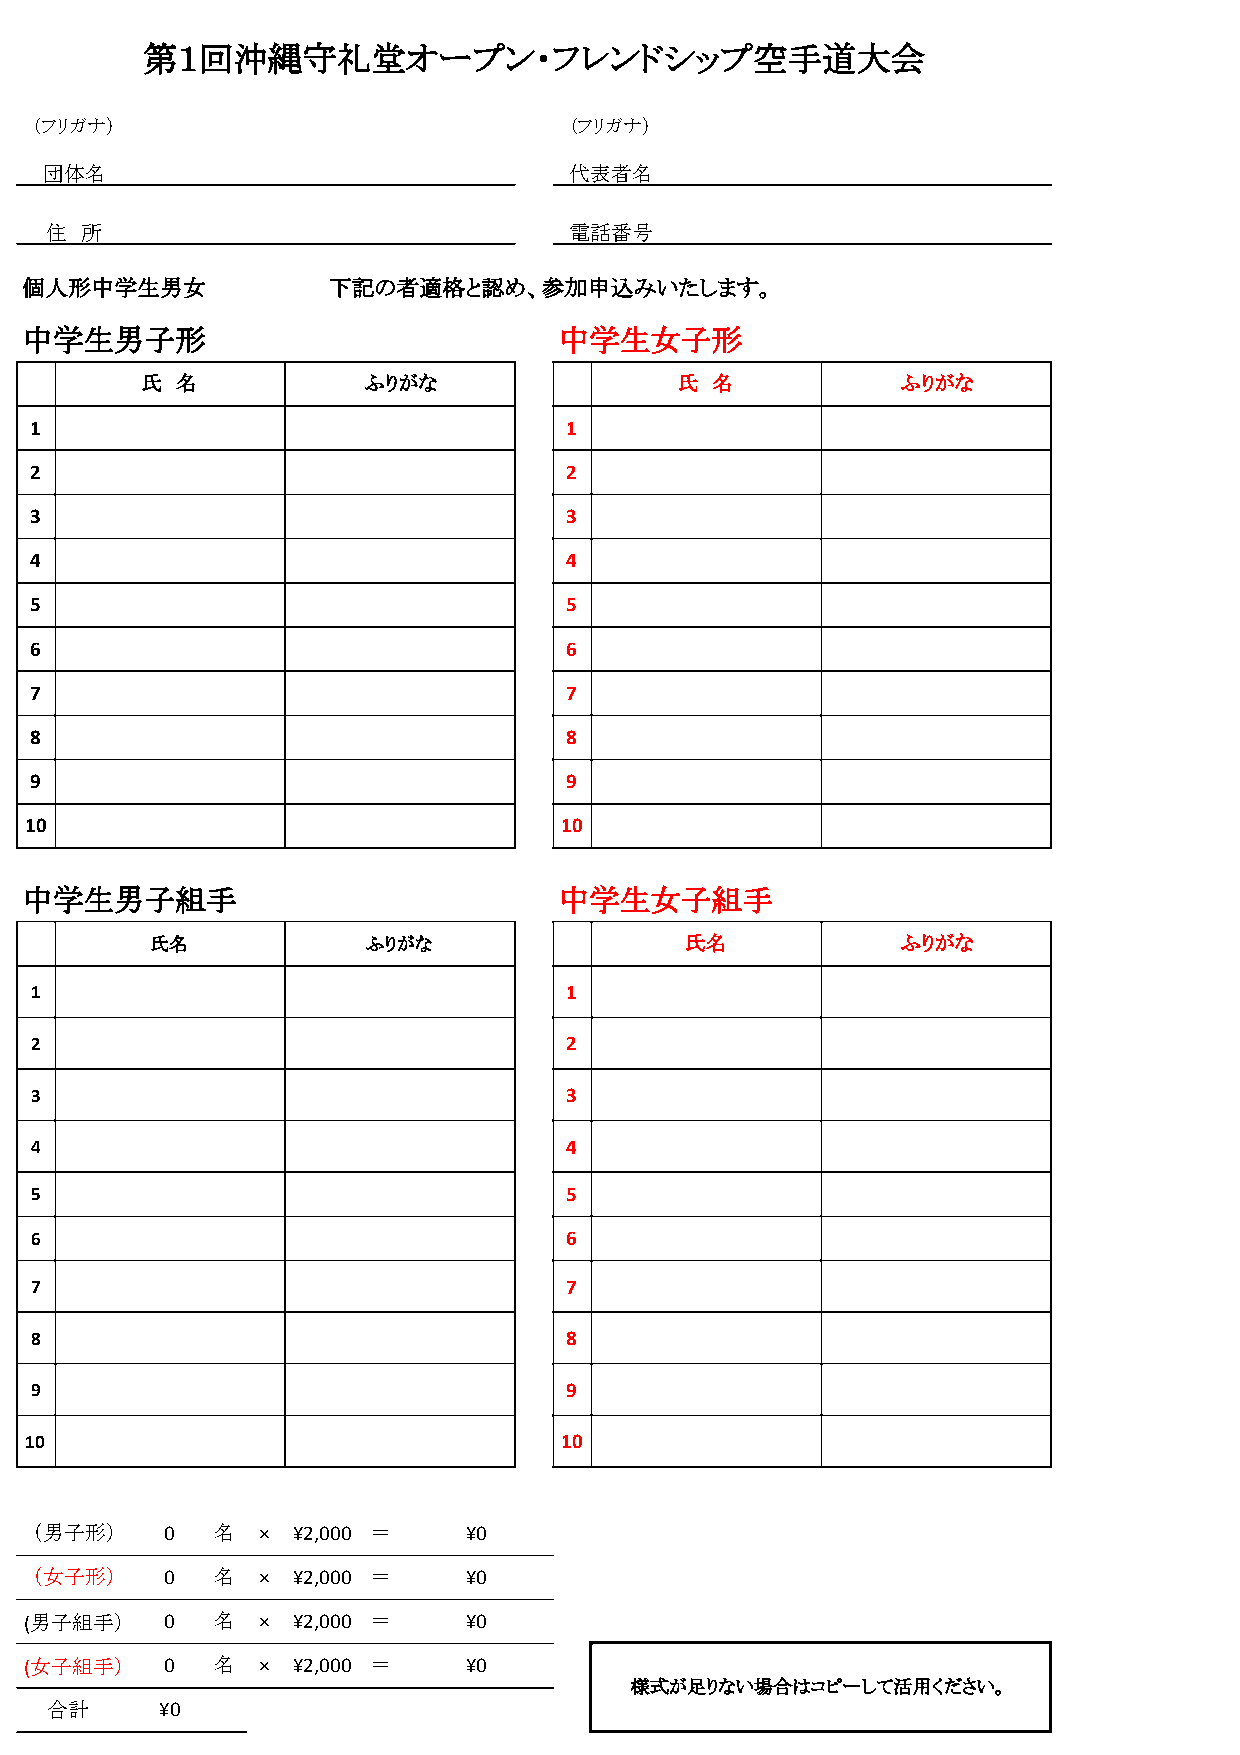
第１回沖縄守礼堂オープン・フレンドシップ空手道大会
 （フリガナ）                              （フリガナ）
 団体名                                代表者名
 住 所                                電話番号
 個人形中学生男女             下記の者適格と認め、参加申込みいたします。
 中学生男子形                              中学生女子形
 氏  名           ふりがな                 氏 名            ふりがな
 1                                  1
 2                                  2
 3                                  3
 4                                  4
 5                                  5
 6                                  6
 7                                  7
 8                                  8
 9                                  9
 10                                 10
 中学生男子組手                             中学生女子組手
 氏名            ふりがな                 氏名             ふりがな
 1                                  1
 2                                  2
 3                                  3
 4                                  4
 5                                  5
 6                                  6
 7                                  7
 8                                  8
 9                                  9
 10                                 10
 （男子形）    0  名  × ¥2,000 ＝    ¥0
 （女子形）    0  名  × ¥2,000 ＝    ¥0
 (男子組手）   0  名  × ¥2,000 ＝    ¥0
 (女子組手）   0  名  × ¥2,000 ＝    ¥0
 様式が足りない場合はコピーして活用ください。
 合計      ¥0